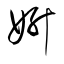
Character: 妍